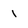
Character: 1